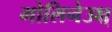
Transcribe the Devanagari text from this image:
मोलिनेउक्ष्